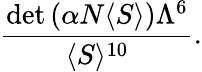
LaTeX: \frac{\mathrm{det}\, (\alpha N\langle S\rangle)\Lambda^{6}}{\langle S\rangle^{10}}.